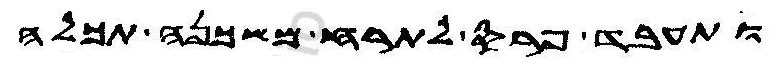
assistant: ותעבד פרס לתרח משכנה תכלה